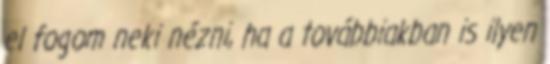
el fogom neki nézni, ha a továbbiakban is ilyen